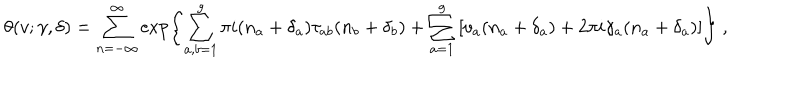
LaTeX: \theta ( v ; \gamma , \delta ) = \sum _ { n = - \infty } ^ { \infty } \exp \left\{ \sum _ { a , b = 1 } ^ { g } \pi i ( n _ { a } + \delta _ { a } ) \tau _ { a b } ( n _ { b } + \delta _ { b } ) + \sum _ { a = 1 } ^ { g } \left[ v _ { a } ( n _ { a } + \delta _ { a } ) + 2 \pi i \gamma _ { a } ( n _ { a } + \delta _ { a } ) \right] \right\} \ ,